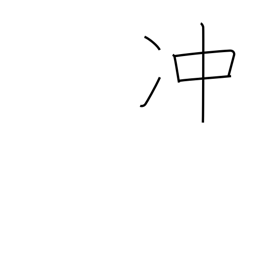
Meaning: rise high into sky